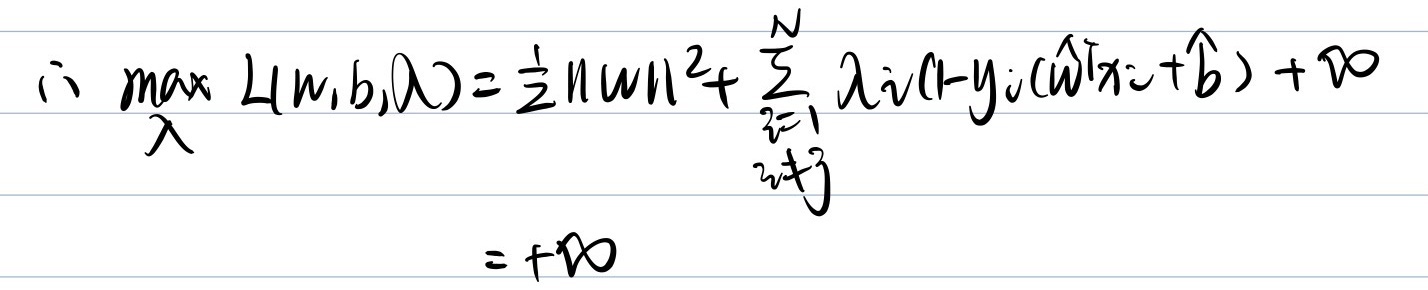
所以 \(\max_{\lambda} L(w,b,\lambda)=\frac{1}{2}\|w\|^2+\sum_{\substack{i = 1\\i\neq j}}^{N}\lambda_i(1 - y_i(\hat{w}^T x_i+\hat{b}))+\infty=+\infty\)